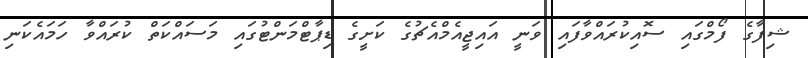
ޝިފާގެ ފޯމްގައި ސޮއިކުރައްވާފައި ވަނީ އައިޖީއެމްއެޗުގެ ކަށީގެ ޑިޕާޓްމަންޓުގައި މަސައްކަތް ކުރައްވާ ހަމައެކަނި